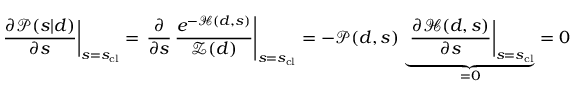
\left. { \frac { \partial { \mathcal { P } } ( s | d ) } { \partial s } } \right| _ { s = s _ { \mathrm { c l } } } = \left. { \frac { \partial } { \partial s } } \, { \frac { e ^ { - { \mathcal { H } } ( d , s ) } } { { \mathcal { Z } } ( d ) } } \right| _ { s = s _ { \mathrm { c l } } } = - { \mathcal { P } } ( d , s ) \, \underbrace { \left. { \frac { \partial { \mathcal { H } } ( d , s ) } { \partial s } } \right| _ { s = s _ { \mathrm { c l } } } } _ { = 0 } = 0